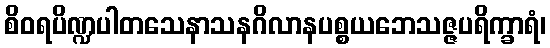
စိဝရပိဏ္ဍပါတသေနာသနဂိလာနပစ္စယဘေသဇ္ဇပရိက္ခာရံ၊